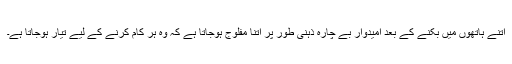
اتنے ہاتھوں میں بکنے کے بعد امیدوار بے چارہ ذہنی طور پر اتنا مفلوج ہوجاتا ہے کہ وہ ہر کام کرنے کے لیے تیار ہوجاتا ہے۔